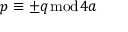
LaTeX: p \equiv \pm q { \bmod { 4 a } }